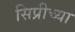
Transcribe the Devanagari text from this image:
सिप्रीच्या